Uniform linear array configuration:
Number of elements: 32
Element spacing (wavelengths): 0.25
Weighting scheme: exponential
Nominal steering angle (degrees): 30
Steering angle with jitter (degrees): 30.014
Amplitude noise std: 0.05
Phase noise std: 0.05

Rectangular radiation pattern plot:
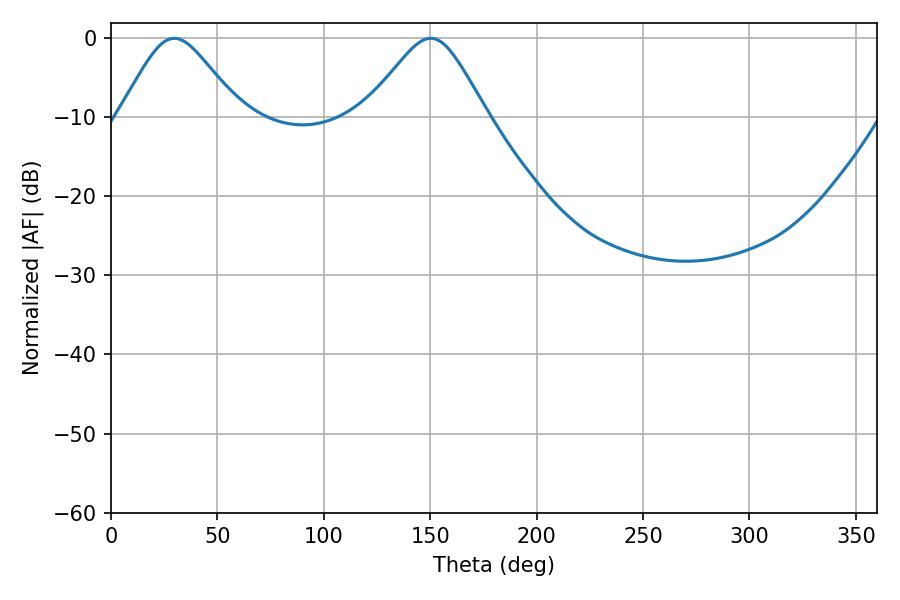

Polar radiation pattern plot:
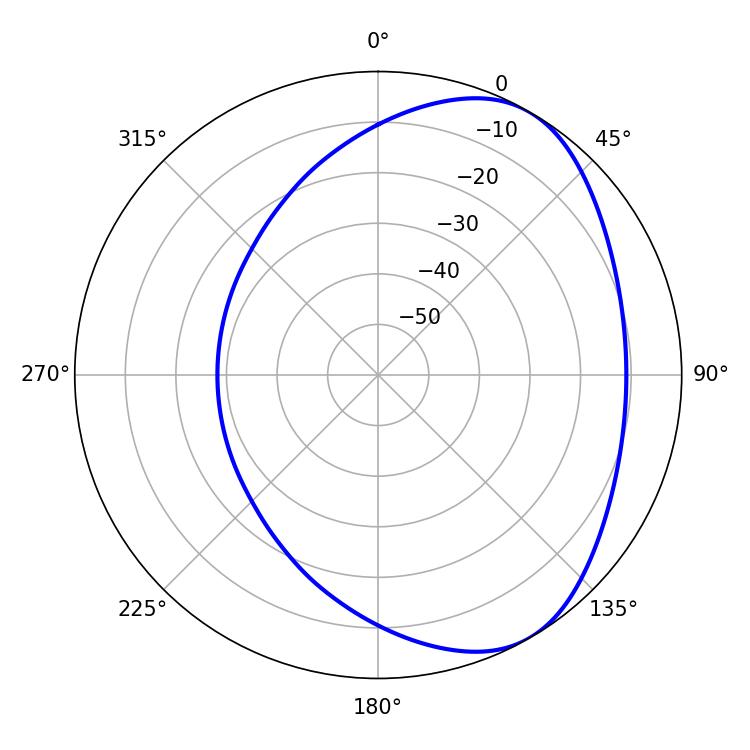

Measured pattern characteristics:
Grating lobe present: FALSE
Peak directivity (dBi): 4.966
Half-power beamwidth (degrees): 27.54
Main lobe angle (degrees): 29.7